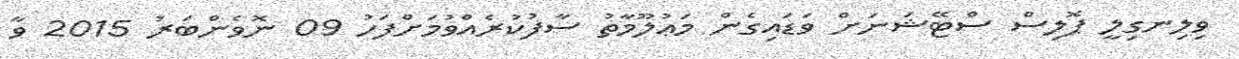
ވިލިނގިލީ ޕޮލިސް ސްޓޭޝަނަށް ވަޑައިގެން މަޢުލޫމާތު ސާފުކުރެއްވުމަށްފަހު 09 ނޮވެންބަރު 2015 ވާ